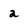
Character: a